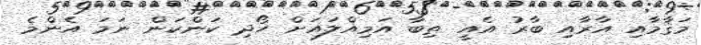
މަޤާމާއި އާރާއި ބާރު އެއީ ތިބާ އަމިއްލައަށް ހޯދި ކަންކަން ނަމަ އެންމެ